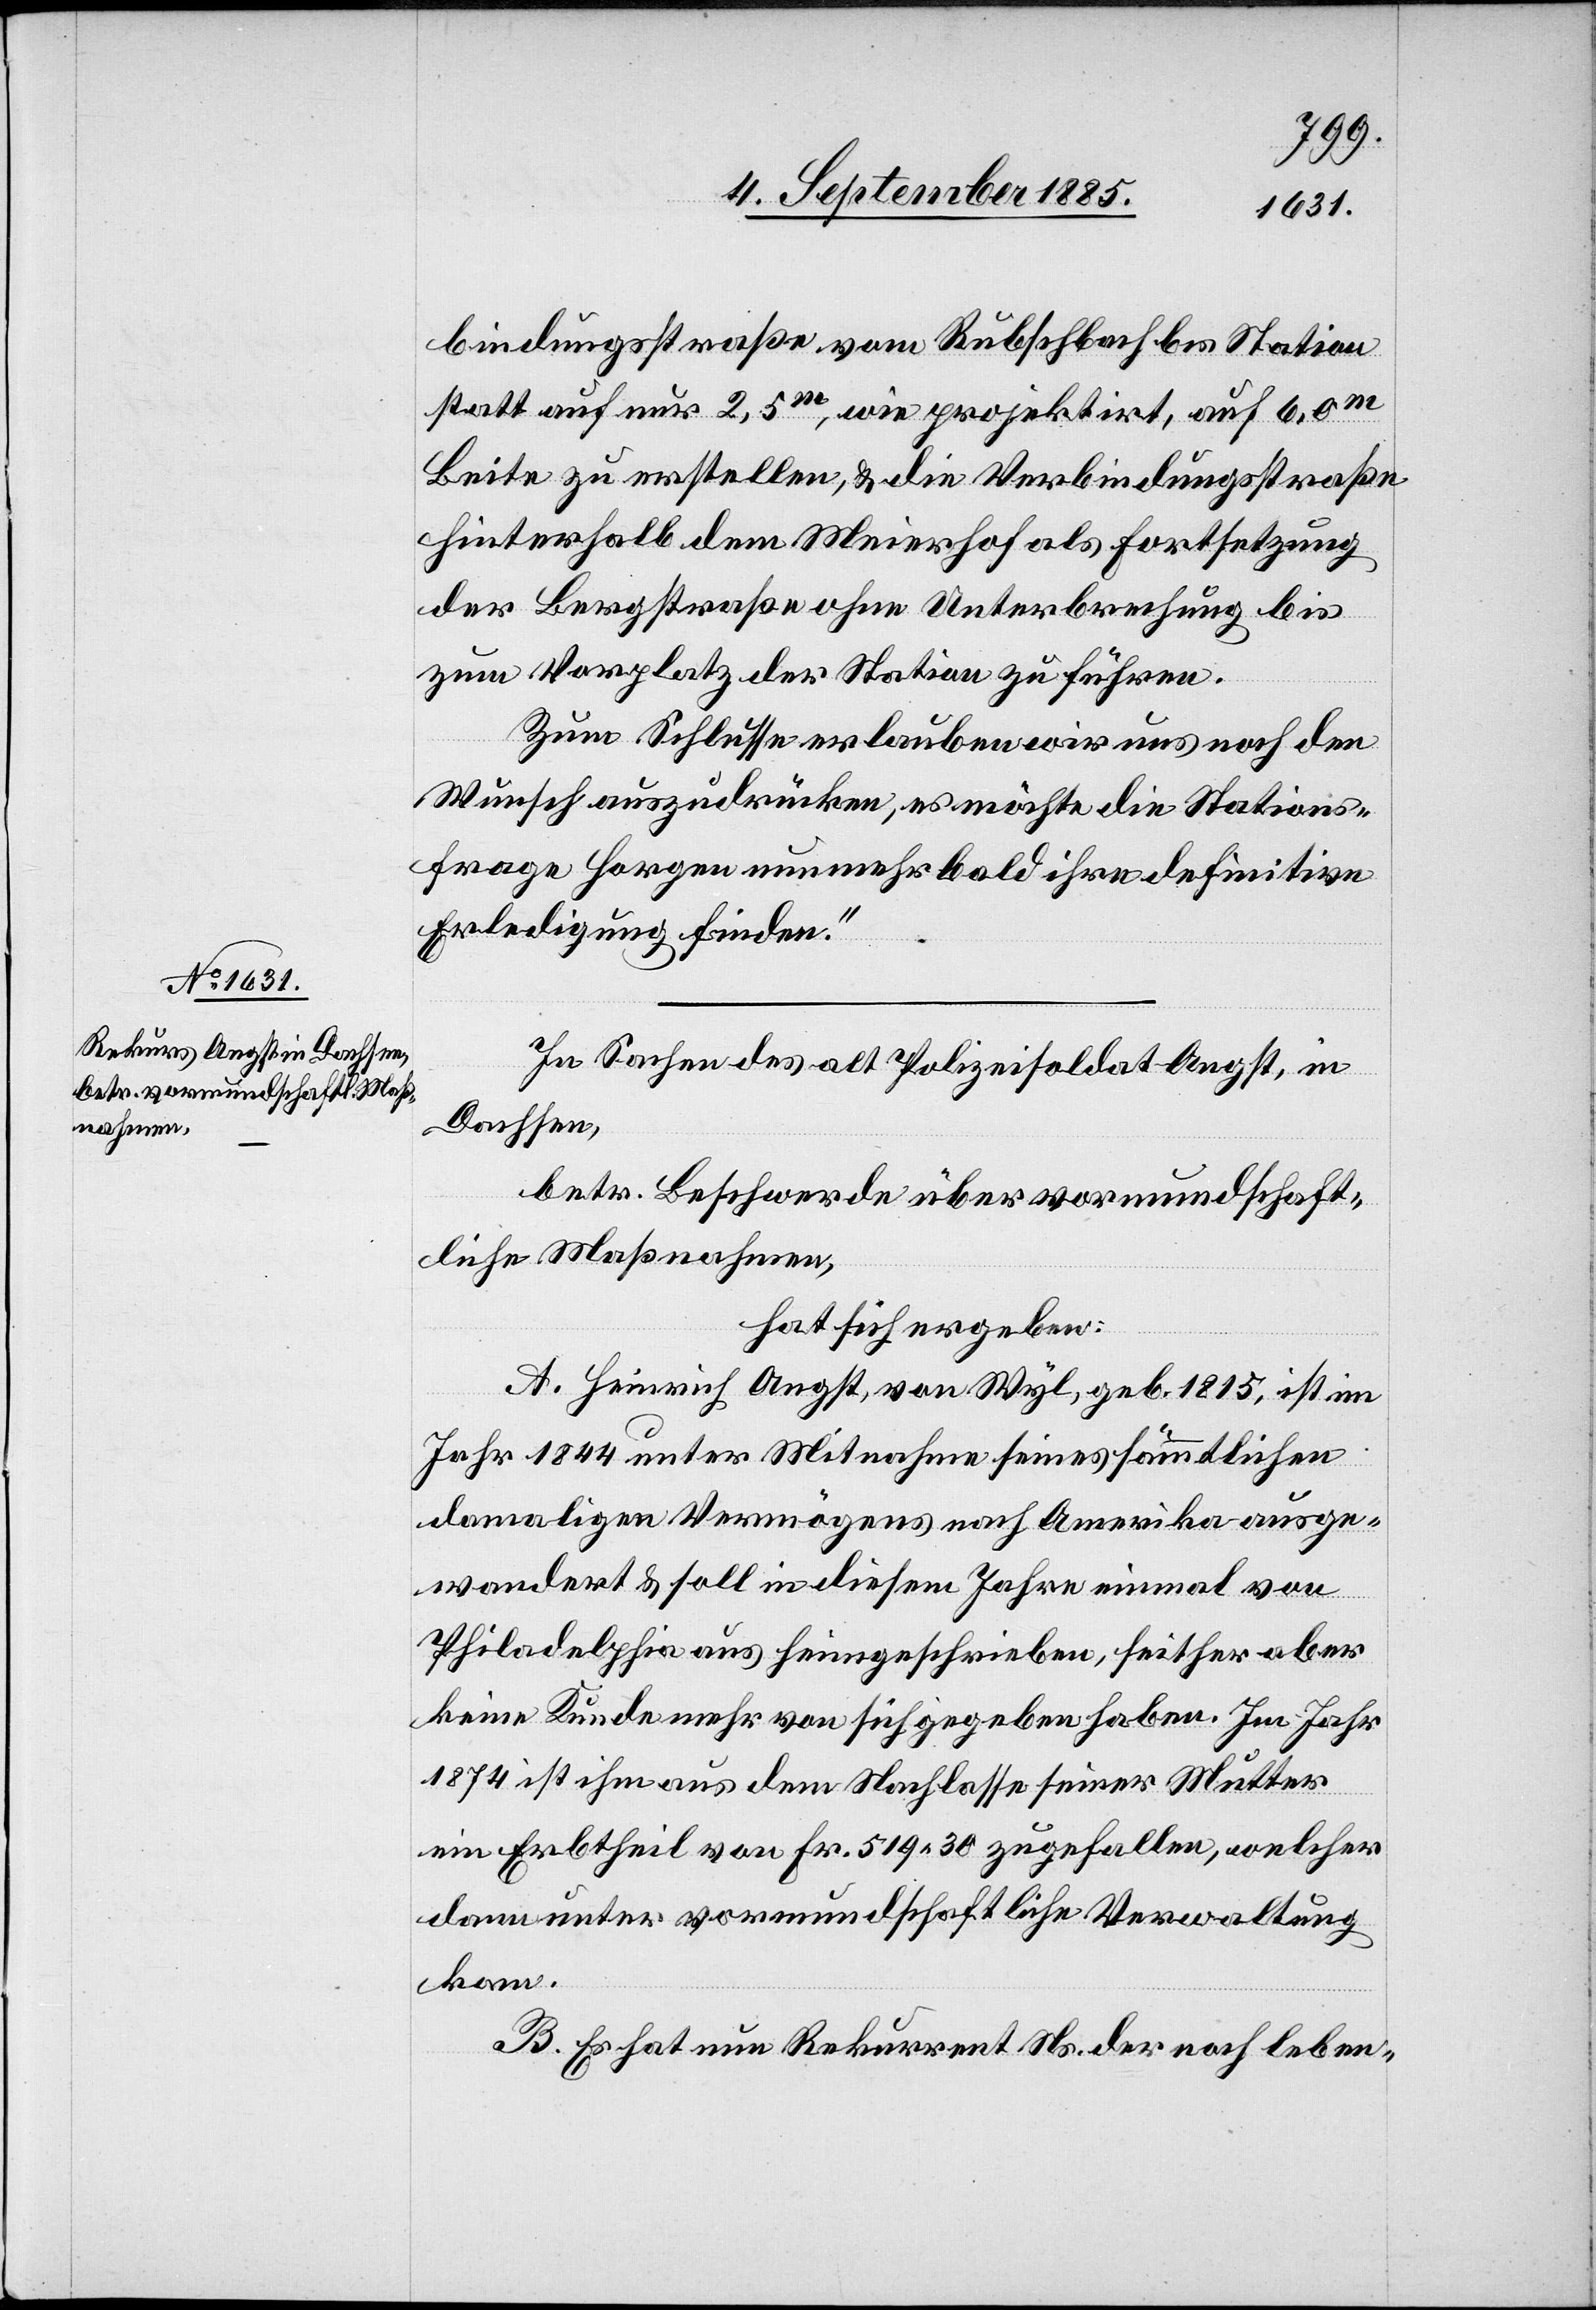
bindungsstraße vom Rubschbach bis Station
statt auf nur 2,5m, wie projektirt, auf 6,0m
B[r]eite zu erstellen, & die Verbindungsstraße
hinterhalb dem Meierhof als Fortsetzung
der Bergstraße ohne Unterbrechung bis
zum Vorplatz der Station zu führen.
Zum Schlusse erlauben wir uns noch den
Wunsch auszudrücken, es möchte die Stations¬
frage Horgen nunmehr bald ihre definitive
Erledigung finden.“